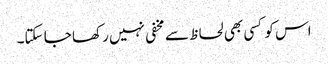
اس کو کسی بھی لحاظ سے مخفی نہیں رکھا جا سکتا۔